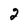
Character: 2